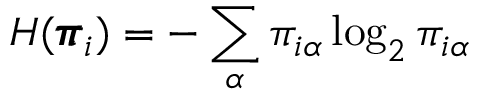
H ( \pmb { \pi } _ { i } ) = - \sum _ { \alpha } \pi _ { i \alpha } \log _ { 2 } \pi _ { i \alpha }